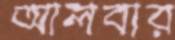
আলবার